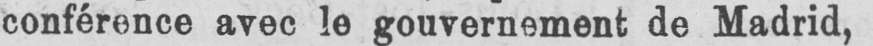
conférence avec le gouvernement de Madrid,